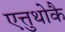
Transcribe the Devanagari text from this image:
एत्तुथोकै